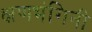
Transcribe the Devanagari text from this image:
क्षणभंगिनी